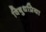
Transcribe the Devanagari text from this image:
विबुधप्रिया